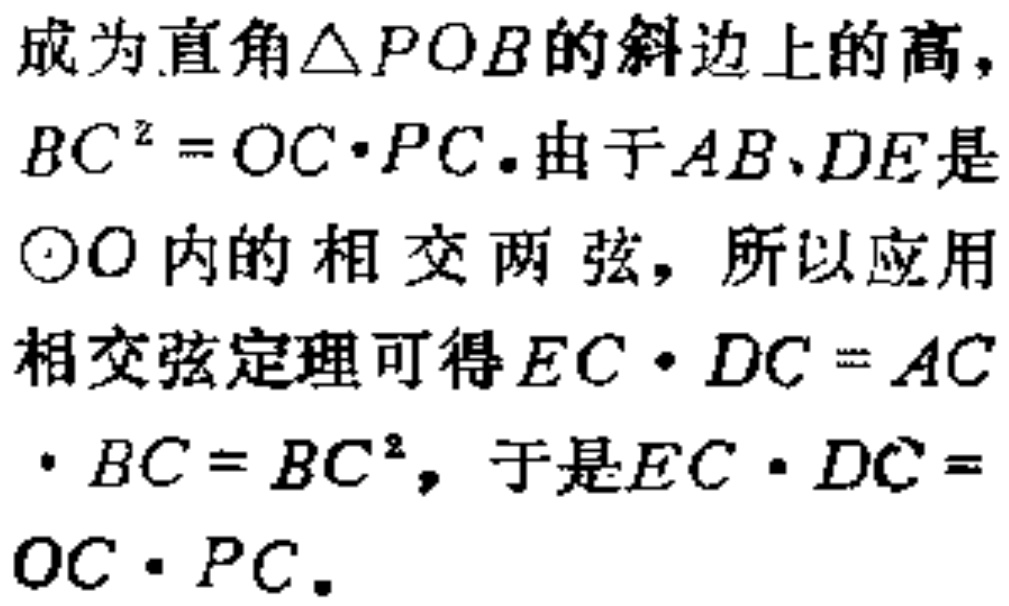
成为直角$\triangle POB$的斜边上的高，
$BC^{2}=OC\cdot PC$.由于$AB、DE$是
$\odot O$内的相交两弦，所以应用
相交弦定理可得$EC\cdot DC = AC$
$\cdot BC = BC^{2}$，于是$EC\cdot DC=$
$OC\cdot PC$.